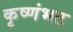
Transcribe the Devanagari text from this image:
कृष्णंभट